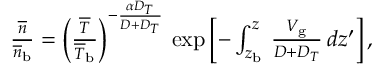
\begin{array} { r } { { \frac { \overline { { n } } } { \overline { { n } } _ { \mathrm { b } } } } = \left( { \frac { \overline { { T } } } { \overline { { T } } _ { \mathrm { b } } } } \right) ^ { - { \frac { \alpha D _ { T } } { D + D _ { T } } } } \, \exp \left[ - \int _ { z _ { \mathrm { b } } } ^ { z } \, { \frac { V _ { \mathrm { g } } } { D + D _ { T } } } \, d z ^ { \prime } \right] , } \end{array}